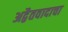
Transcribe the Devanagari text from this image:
अद्वैतवादाचा